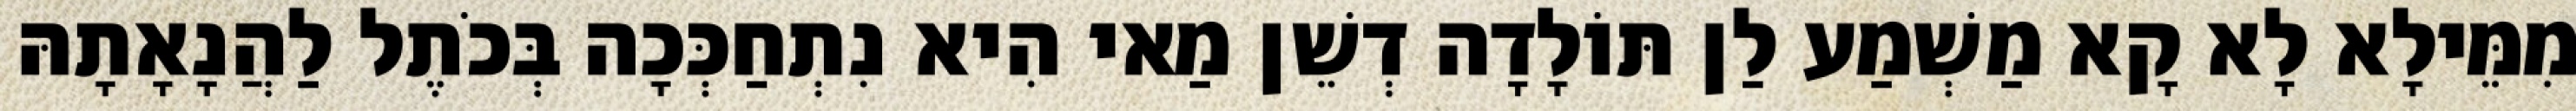
מִמֵּילָא לָא קָא מַשְׁמַע לַן תּוֹלָדָה דְשֵׁן מַאי הִיא נִתְחַכְּכָה בְּכֹתֶל לַהֲנָאָתָהּ